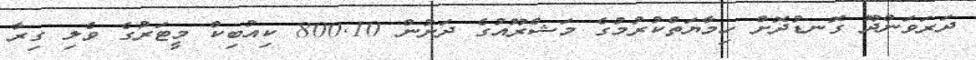
ދަރަވަންދޫ ގޮނޑުދޮށް ހިމާޔަތްކުރުމުގެ މަޝްރޫއުގެ ދަށުން 800